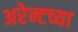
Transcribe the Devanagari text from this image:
अरेन्टच्या